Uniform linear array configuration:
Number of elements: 24
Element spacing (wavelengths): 1
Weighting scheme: hamming
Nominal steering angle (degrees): -60
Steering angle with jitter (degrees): -58.194
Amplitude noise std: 0.05
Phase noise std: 0.05

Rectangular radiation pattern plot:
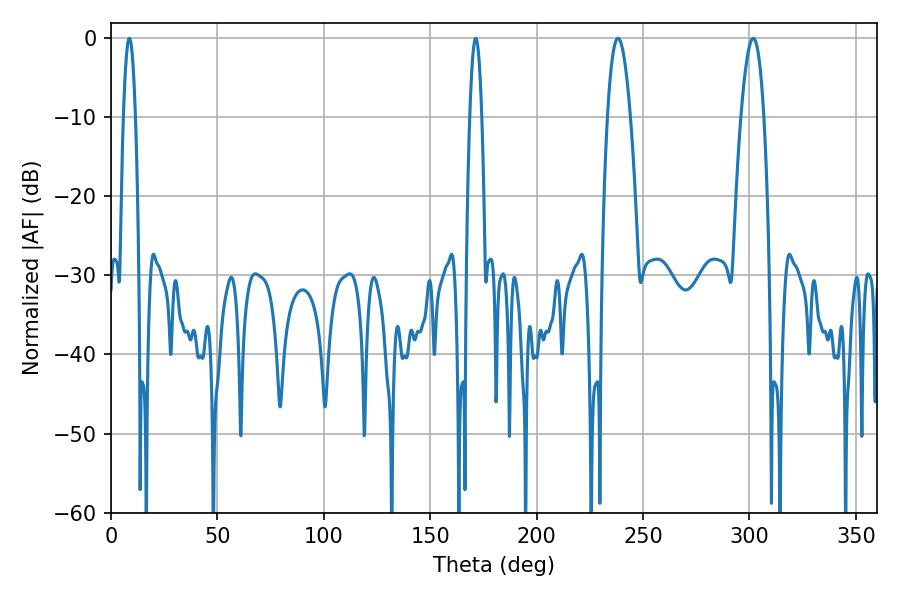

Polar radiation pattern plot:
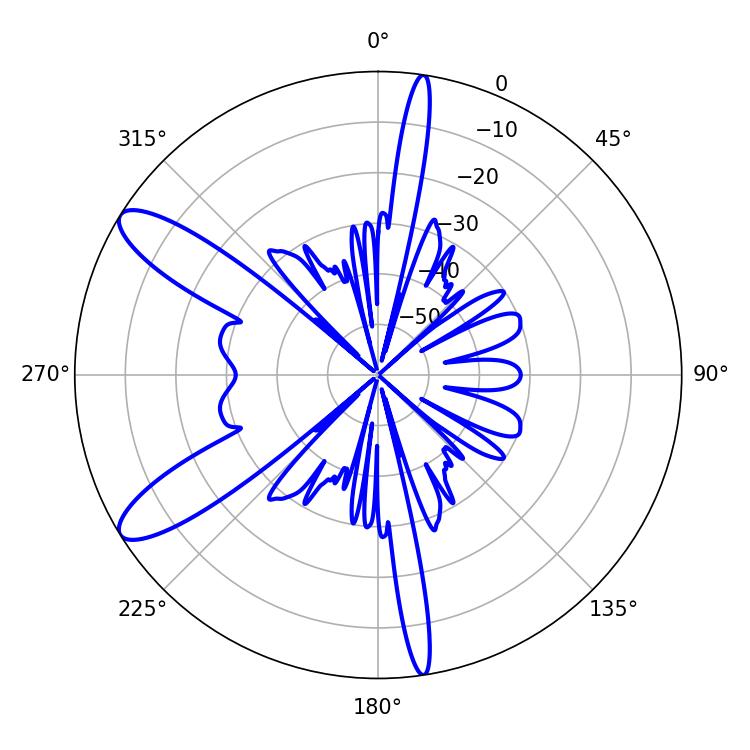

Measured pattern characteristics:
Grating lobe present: TRUE
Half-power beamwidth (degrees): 3.06
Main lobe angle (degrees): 8.64